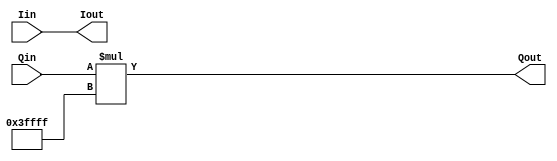
`timescale 1ns / 1ps
//////////////////////////////////////////////////////////////////////////////////
// Company: 
// Engineer: 
// 
// Design Name: 
// Module Name: conjugate
// Project Name: 
// Target Devices: 
// Tool Versions: 
// Description: 
// 
// Dependencies: 
// 
// Revision:
// Revision 0.01 - File Created
// Additional Comments:
// 
//////////////////////////////////////////////////////////////////////////////////


module conjugate(Iin, Qin, Iout, Qout);
    input signed [17:0] Iin, Qin;
    output signed [17:0] Iout, Qout;

    assign Iout = Iin;
    assign Qout = Qin * (-1'd1);
endmodule